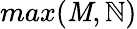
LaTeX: max(\mathit{M},\mathbb{N})